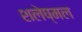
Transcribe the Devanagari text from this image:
शलेष्मल